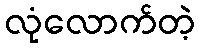
လုံလောက်တဲ့